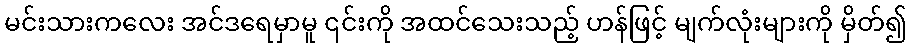
မင်းသားကလေး အင်ဒရေမှာမူ ၎င်းကို အထင်သေးသည့် ဟန်ဖြင့် မျက်လုံးများကို မှိတ်၍